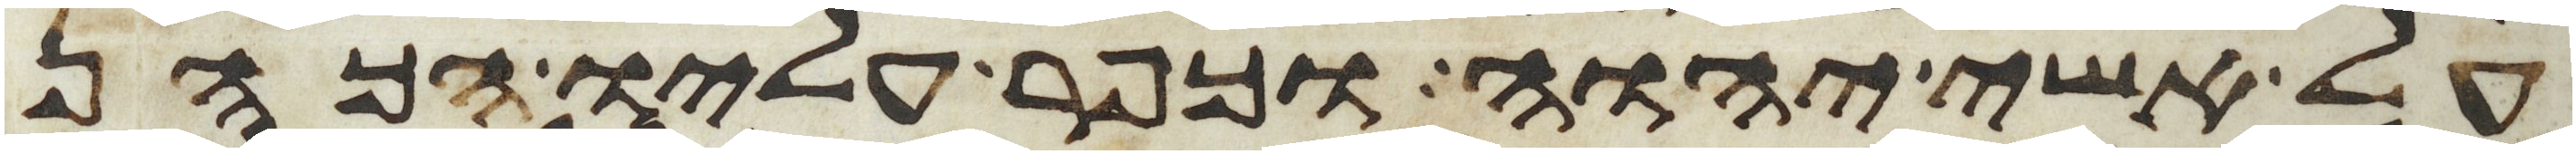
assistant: על אשי יהוה וכפר עליו הכהן